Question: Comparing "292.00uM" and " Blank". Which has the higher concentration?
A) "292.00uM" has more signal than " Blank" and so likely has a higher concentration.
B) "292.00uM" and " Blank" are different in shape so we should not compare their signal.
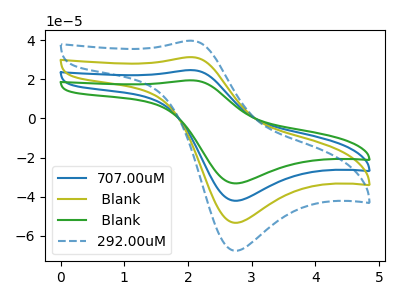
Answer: <think>The blue curve "707.00uM" has an anodic peak at (2.05V, 62.80uA) and a cathodic peak at (2.75V, -106.85uA). The olive curve " Blank" has an anodic peak at (2.05V, 31.40uA) and a cathodic peak at (2.75V, -53.45uA). The green curve " Blank" has an anodic peak at (2.05V, 94.20uA) and a cathodic peak at (2.75V, -160.30uA). The blue dashed curve "292.00uM" has an anodic peak at (2.05V, 39.80uA) and a cathodic peak at (2.75V, -67.75uA).
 All the peaks in "292.00uM" have a peak in " Blank" at the same potential. Every peak in "292.00uM" is higher than every peak in " Blank".</think>
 <answer>A) "292.00uM" has more signal than " Blank" and so likely has a higher concentration.</answer>
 <eval>A</eval>